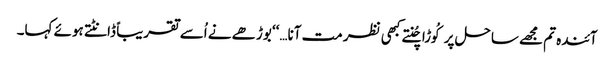
آئندہ تم مجھے ساحل پر کُوڑا چُنتےکبھی نظر مت آنا…‘‘ بوڑھے نے اُسے تقریباً ڈانٹتے ہوئے کہا۔